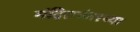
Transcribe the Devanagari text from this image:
मंदिरानंतरच्या